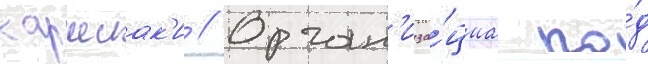
каршиак'и // Орган'иза́циа по́д